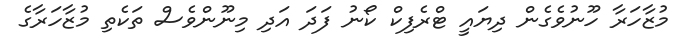
މުޒާހަރާ ހޫނުވެގެން ދިޔައީ ޓްރެފިކް ކޯނު ފަދަ އަދި މިނޫންވެސް ތަކެތި މުޒާހަރާގެ